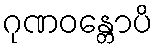
ဂုဏဝန္တောပိ